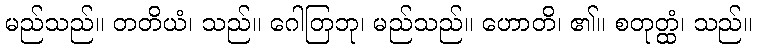
မည်သည်။ တတိယံ၊ သည်။ ဂေါတြဘု၊ မည်သည်။ ဟောတိ၊ ၏။ စတုတ္ထံ၊ သည်။